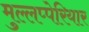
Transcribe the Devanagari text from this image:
मुल्लप्पेरियार